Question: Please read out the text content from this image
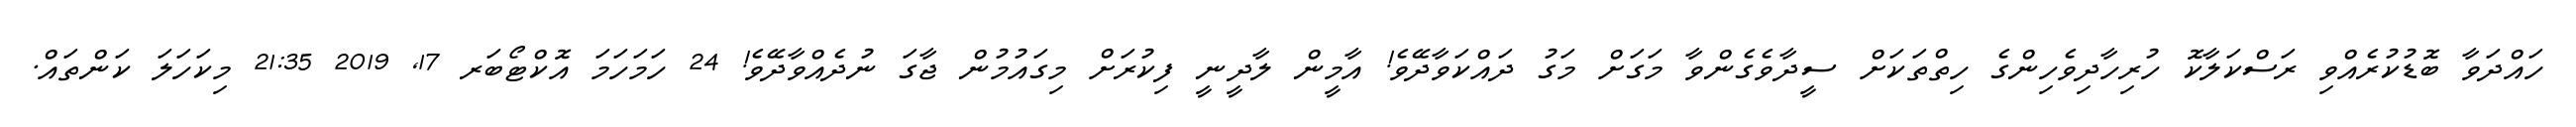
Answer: ހައްދަވާ ބޮޑުކުރެއްވި ރަސްކަލާކޮ ހުރިހާދިވެހިންގެ ހިތްތަކަށް ސީދާވެގެންވާ މަގަށް މަގު ދައްކަވާދޭވެ! އާމީން ލާދީނީ ފިކުރަށް މިގައުމުން ޖާގަ ނުދެއްވާދޭވެ! 24 ހަމަހަމަ އޮކްޓޯބަރ 17, 2019 21:35 މިކަހަލަ ކަންތައް.